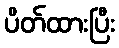
ပိတ်ထားပြီး